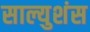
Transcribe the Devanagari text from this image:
साल्युशंस